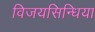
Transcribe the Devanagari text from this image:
विजयसिन्धिया